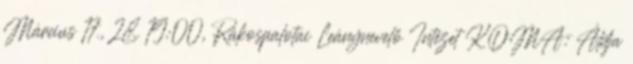
Március 17., 28. 19:00, Rákospalotai Leánynevelő Intézet KOMA: Áldja